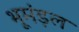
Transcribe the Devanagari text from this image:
भूमंड़ल